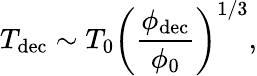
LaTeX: T_{\mathrm{dec}}\sim T_{0}\left(\frac{\phi_{\mathrm{dec}}}{\phi_{0}}\right)^{1/3},